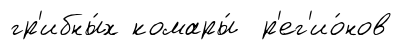
гр'ибны́х комары́ р'ег'ио́нов